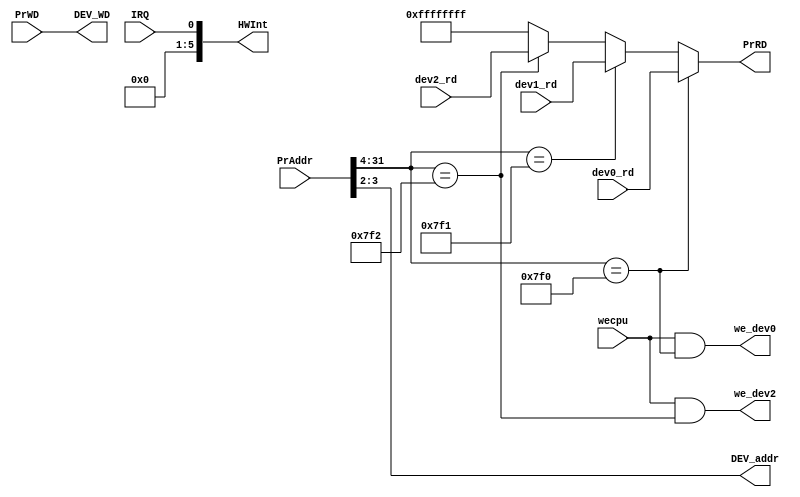
module bridge (
    input [31:0]PrAddr, //cpu
    input [31:0]PrWD,   //cpu
    input [31:0]dev0_rd,dev1_rd,dev2_rd, //
    input IRQ, //
    input wecpu, //cpu
    
    output we_dev0,we_dev2,  //
    output [5:0]HWInt, //6
    output [31:0]PrRD,  //cpu
    output [31:0]DEV_WD,
    output [1:0]DEV_addr
);

    //
    assign we_dev0 = wecpu && (PrAddr[31:4] == 'h0000_7F0);
    assign we_dev2 = wecpu && (PrAddr[31:4] == 'h0000_7F2);

    //
    assign DEV_WD = PrWD;

    //PrRD
    wire Hit_dev0,Hit_dev1,Hit_dev2;  
    assign Hit_dev0 = (PrAddr[31:4] == 'h0000_7F0);
    assign Hit_dev1 = (PrAddr[31:4] == 'h0000_7F1);
    assign Hit_dev2 = (PrAddr[31:4] == 'h0000_7F2);
    assign PrRD = (Hit_dev0)?dev0_rd:(Hit_dev1)?dev1_rd:(Hit_dev2)?dev2_rd:32'hffff_ffff;

    assign DEV_addr = PrAddr[3:2];

    //Timer
    assign HWInt = {5'b0,IRQ};

    
endmodule